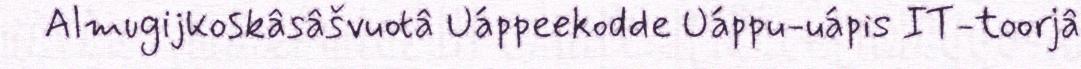
Almugijkoskâsâšvuotâ Uáppeekodde Uáppu-uápis IT-toorjâ